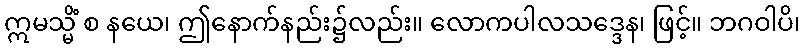
ဣမသ္မိံ စ နယေ၊ ဤနောက်နည်း၌လည်း။ လောကပါလသဒ္ဒေန၊ ဖြင့်။ ဘဂဝါပိ၊